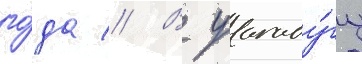
го́да // В уагаду́гу